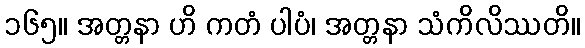
၁၆၅။ အတ္တနာ ဟိ ကတံ ပါပံ၊ အတ္တနာ သံကိလိဿတိ။